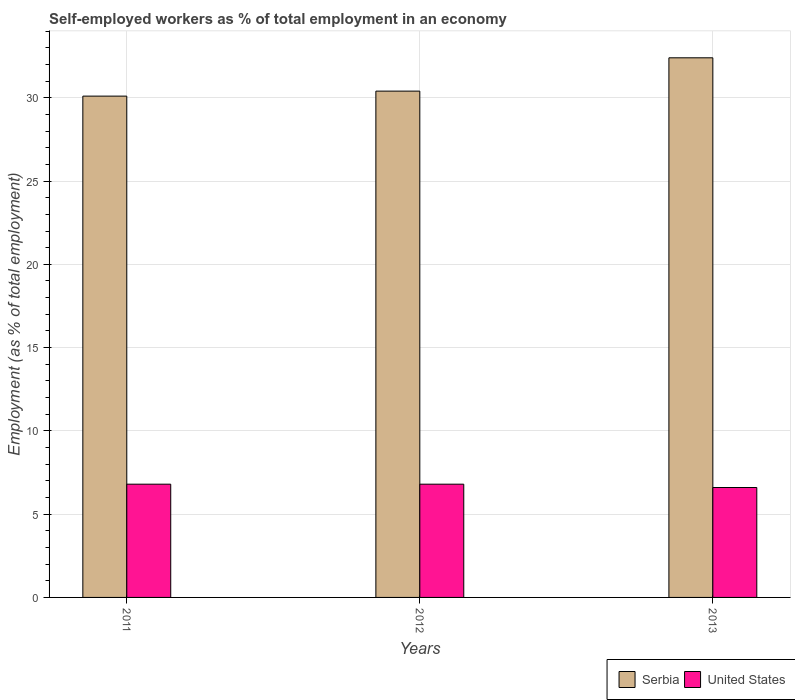
| Years | Serbia | United States |
 | --- | --- | --- |
 | 2011 | 30.1 | 6.8 |
 | 2012 | 30.4 | 6.8 |
 | 2013 | 32.4 | 6.6 |